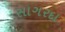
સાગરદા